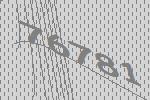
76781